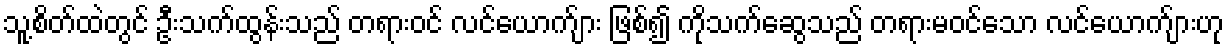
သူ့စိတ်ထဲတွင် ဦးသက်ထွန်းသည် တရားဝင် လင်ယောက်ျား ဖြစ်၍ ကိုသက်ဆွေသည် တရားမဝင်သော လင်ယောက်ျားဟု